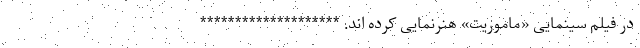
در فیلم سینمایی «ماموریت» هنرنمایی کرده اند. ********************